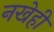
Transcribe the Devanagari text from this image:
नखेही